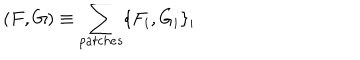
LaTeX: ( F , G ) \equiv \sum _ { p a t c h e s } \{ F _ { i } , G _ { i } \} _ { i }